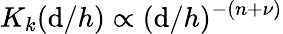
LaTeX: K_{k}(\mathrm{d}/h)\propto(\mathrm{d}/h)^{-(n+\nu)}